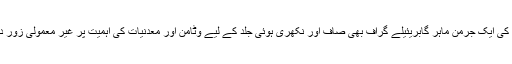
غذائیات کی ایک جرمن ماہر گابریئیلے گراف بھی صاف اور نکھری ہوئی جلد کے لیے وٹامن اور معدنیات کی اہمیت پر غیر معمولی زور دیتی ہیں۔